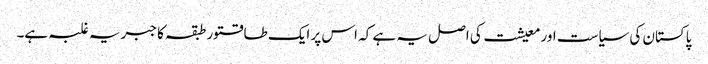
پاکستان کی سیاست اور معیشت کی اصل یہ ہے کہ اس پر ایک طاقتور طبقہ کا جبریہ غلبہ ہے۔